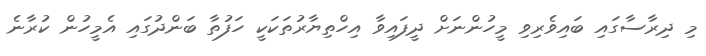
މި ދިރާސާގައި ބައިވެރިވި މީހުންނަށް ދީފައިވާ އިހްތިޔާރުތަކަކީ ހަފުތާ ބަންދުގައި އެމީހުން ކުރާނެ